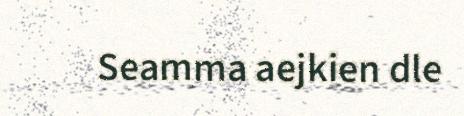
Seamma aejkien dle